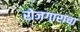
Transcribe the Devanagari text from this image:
रोजगाराचा